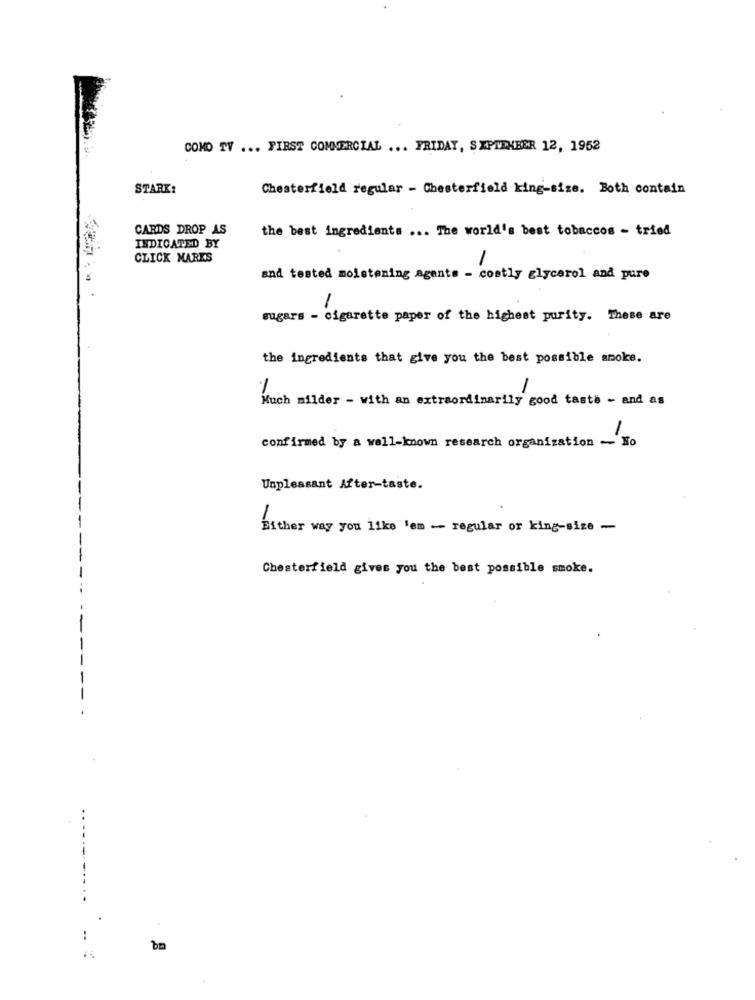
COMO TV ... FIRST COMMERCIAL ... FRIDAY, SEPTEMBER 12, 1952
STARK:
Chesterfield regular - Chesterfield king-size. Both contain
CARDS DROP AS
the best ingredients ... The world's best tobaccos - tried
INDICATED BY
CLICK MARES
and tested moistening agents - costly glycerol and pure
sugars - cigarette paper of the highest purity. These are
the ingredients that give you the best possible smoke.
1
Much milder - with an extraordinarily good taste - and as
1
confirmed by a well-known research organization - No
Unpleasant After-taste.
Either way you like 'em - regular or king-size -
Chesterfield gives you the best possible smoke.
..
..
ba